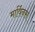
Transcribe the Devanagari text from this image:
मार्विनस